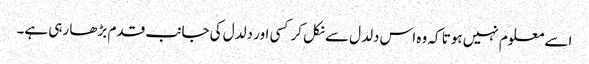
اسے معلوم نہیں ہوتا کہ وہ اس دلدل سے نکل کر کسی اور دلدل کی جانب قدم بڑھا رہی ہے۔